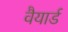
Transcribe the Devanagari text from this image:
वैयार्ड